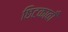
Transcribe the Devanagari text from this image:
छिटकावाँ